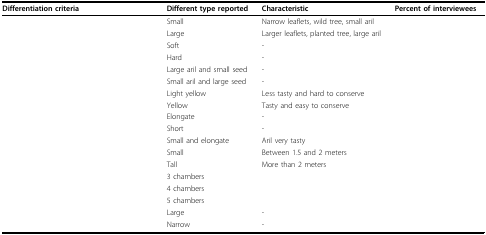
<table><thead><tr><td><b>Differentiation criteria</b></td><td><b>Different type reported</b></td><td><b>Characteristic</b></td><td><b>Percent of interviewees</b></td></tr></thead><tbody><tr><td>[EMPTY_CELL]</td><td>Small</td><td>Narrow leaflets, wild tree, small aril</td><td>[EMPTY_CELL]</td></tr><tr><td>[EMPTY_CELL]</td><td>Large</td><td>Larger leaflets, planted tree, large aril</td><td>[EMPTY_CELL]</td></tr><tr><td>[EMPTY_CELL]</td><td>Soft</td><td>-</td><td>[EMPTY_CELL]</td></tr><tr><td>[EMPTY_CELL]</td><td>Hard</td><td>-</td><td>[EMPTY_CELL]</td></tr><tr><td>[EMPTY_CELL]</td><td>Large aril and small seed</td><td>-</td><td>[EMPTY_CELL]</td></tr><tr><td>[EMPTY_CELL]</td><td>Small aril and large seed</td><td>-</td><td>[EMPTY_CELL]</td></tr><tr><td>[EMPTY_CELL]</td><td>Light yellow</td><td>Less tasty and hard to conserve</td><td>[EMPTY_CELL]</td></tr><tr><td>[EMPTY_CELL]</td><td>Yellow</td><td>Tasty and easy to conserve</td><td>[EMPTY_CELL]</td></tr><tr><td>[EMPTY_CELL]</td><td>Elongate</td><td>-</td><td>[EMPTY_CELL]</td></tr><tr><td>[EMPTY_CELL]</td><td>Short</td><td>-</td><td>[EMPTY_CELL]</td></tr><tr><td>[EMPTY_CELL]</td><td>Small and elongate</td><td>Aril very tasty</td><td>[EMPTY_CELL]</td></tr><tr><td>[EMPTY_CELL]</td><td>Small</td><td>Between 1.5 and 2 meters</td><td>[EMPTY_CELL]</td></tr><tr><td>[EMPTY_CELL]</td><td>Tall</td><td>More than 2 meters</td><td>[EMPTY_CELL]</td></tr><tr><td>[EMPTY_CELL]</td><td>3 chambers</td><td>[EMPTY_CELL]</td><td>[EMPTY_CELL]</td></tr><tr><td>[EMPTY_CELL]</td><td>4 chambers</td><td>[EMPTY_CELL]</td><td>[EMPTY_CELL]</td></tr><tr><td>[EMPTY_CELL]</td><td>5 chambers</td><td>[EMPTY_CELL]</td><td>[EMPTY_CELL]</td></tr><tr><td>[EMPTY_CELL]</td><td>Large</td><td>-</td><td>[EMPTY_CELL]</td></tr><tr><td>[EMPTY_CELL]</td><td>Narrow</td><td>-</td><td>[EMPTY_CELL]</td></tr></tbody></table>